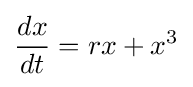
{\frac {dx}{dt}}=rx+x^{3}